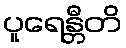
ပူရေန္တီတိ